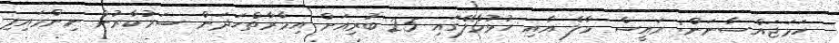
ހަމަޖައްސާނަން: ރައީސް މާލެ އާއި ހުޅުމާލޭގައި 25 ބުރިއަށް އިމާރާތްހަދަން ސަރުކާރުން ނިންމައިފި